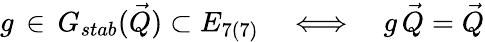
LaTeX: g\, \in\, G_{stab}({\vec{Q}})\subset E_{7(7)}\quad\Longleftrightarrow\quad g\, {\vec{Q}}={\vec{Q}}